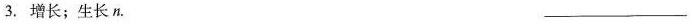
3.增长；生长n.___